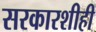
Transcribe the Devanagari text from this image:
सरकारशीही